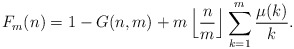
\begin{align*}F_m(n) = 1 - G(n,m) + m \left \lfloor \frac{n}{m} \right \rfloor \sum_{k=1}^m \frac{\mu(k)}{k}.\end{align*}